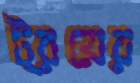
ট্রয়ের